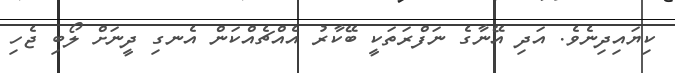
ކިޔައިދިނެވެ. އަދި އޭނާގެ ނަފްރަތަކީ ބޭކާރު އެއްޗެއްކަން އެނގި ދީނަށް ލޯބި ޖެހި